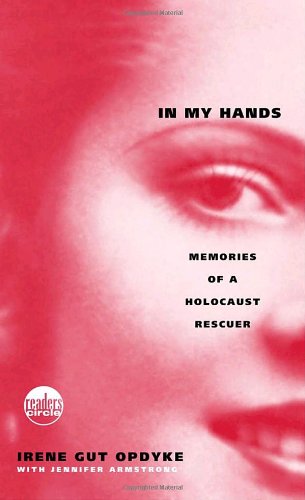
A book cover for In My Hands: Memories of a Holocaust Rescuer; Irene Opdyke; Biographies & Memoirs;